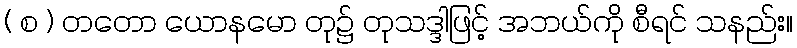
( စ ) တတော ယောနမော တု၌ တုသဒ္ဒါဖြင့် အဘယ်ကို စီရင် သနည်း။